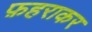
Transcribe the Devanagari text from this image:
फ़हराकर